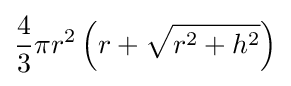
{\frac {4}{3}}\pi r^{2}\left(r+{\sqrt {r^{2}+h^{2}}}\right)